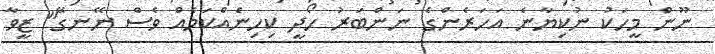
ނޫން މީހަކު ނުކިޔާނެ އަހަރެންގެ ނަންބަރު ހޯދީ ކިހިނެއްކަމެއް ވެސް ނޭނގޭ" ޒީވާ